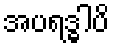
အပရဒ္ဓါပိ